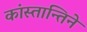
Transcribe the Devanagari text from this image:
कांस्तान्तिने